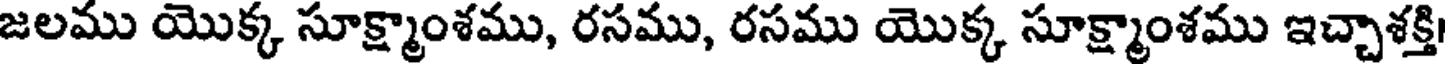
జలము యొక్క సూక్ష్మాంశము, రసము, రసము యొక్క సూక్ష్మాంశము ఇచ్చాశక్తి